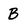
Character: B